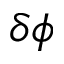
\delta \phi